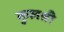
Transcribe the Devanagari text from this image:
कुलश्री